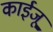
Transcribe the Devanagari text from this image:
काईजू